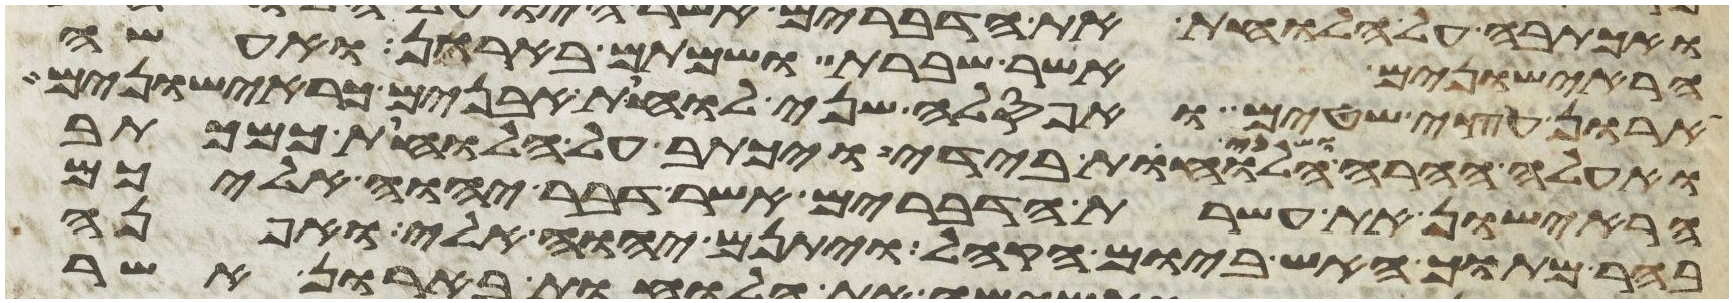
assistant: הראישונים אשר שברת ושמתם בארון ואעשה
ארון עצי שטים ואפסלה שני לוחת אבנים כראישונים
ואעלה ההרה ושני הלוחות בידי ויכתב על הלוחות כמכתב
הראישון את עשרת הדברים אשר דבר יהוה עליכם
בהר מתוך האש ביום הקהל ויתנם יהוה אלי ואפנה